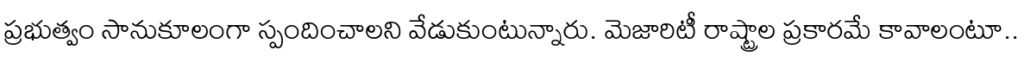
ప్రభుత్వం సానుకూలంగా స్పందించాలని వేడుకుంటున్నారు. మెజారిటీ రాష్ట్రాల ప్రకారమే కావాలంటూ..